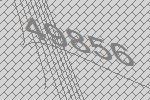
49856